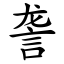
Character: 詟